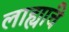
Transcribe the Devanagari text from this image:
लाह्यांचे